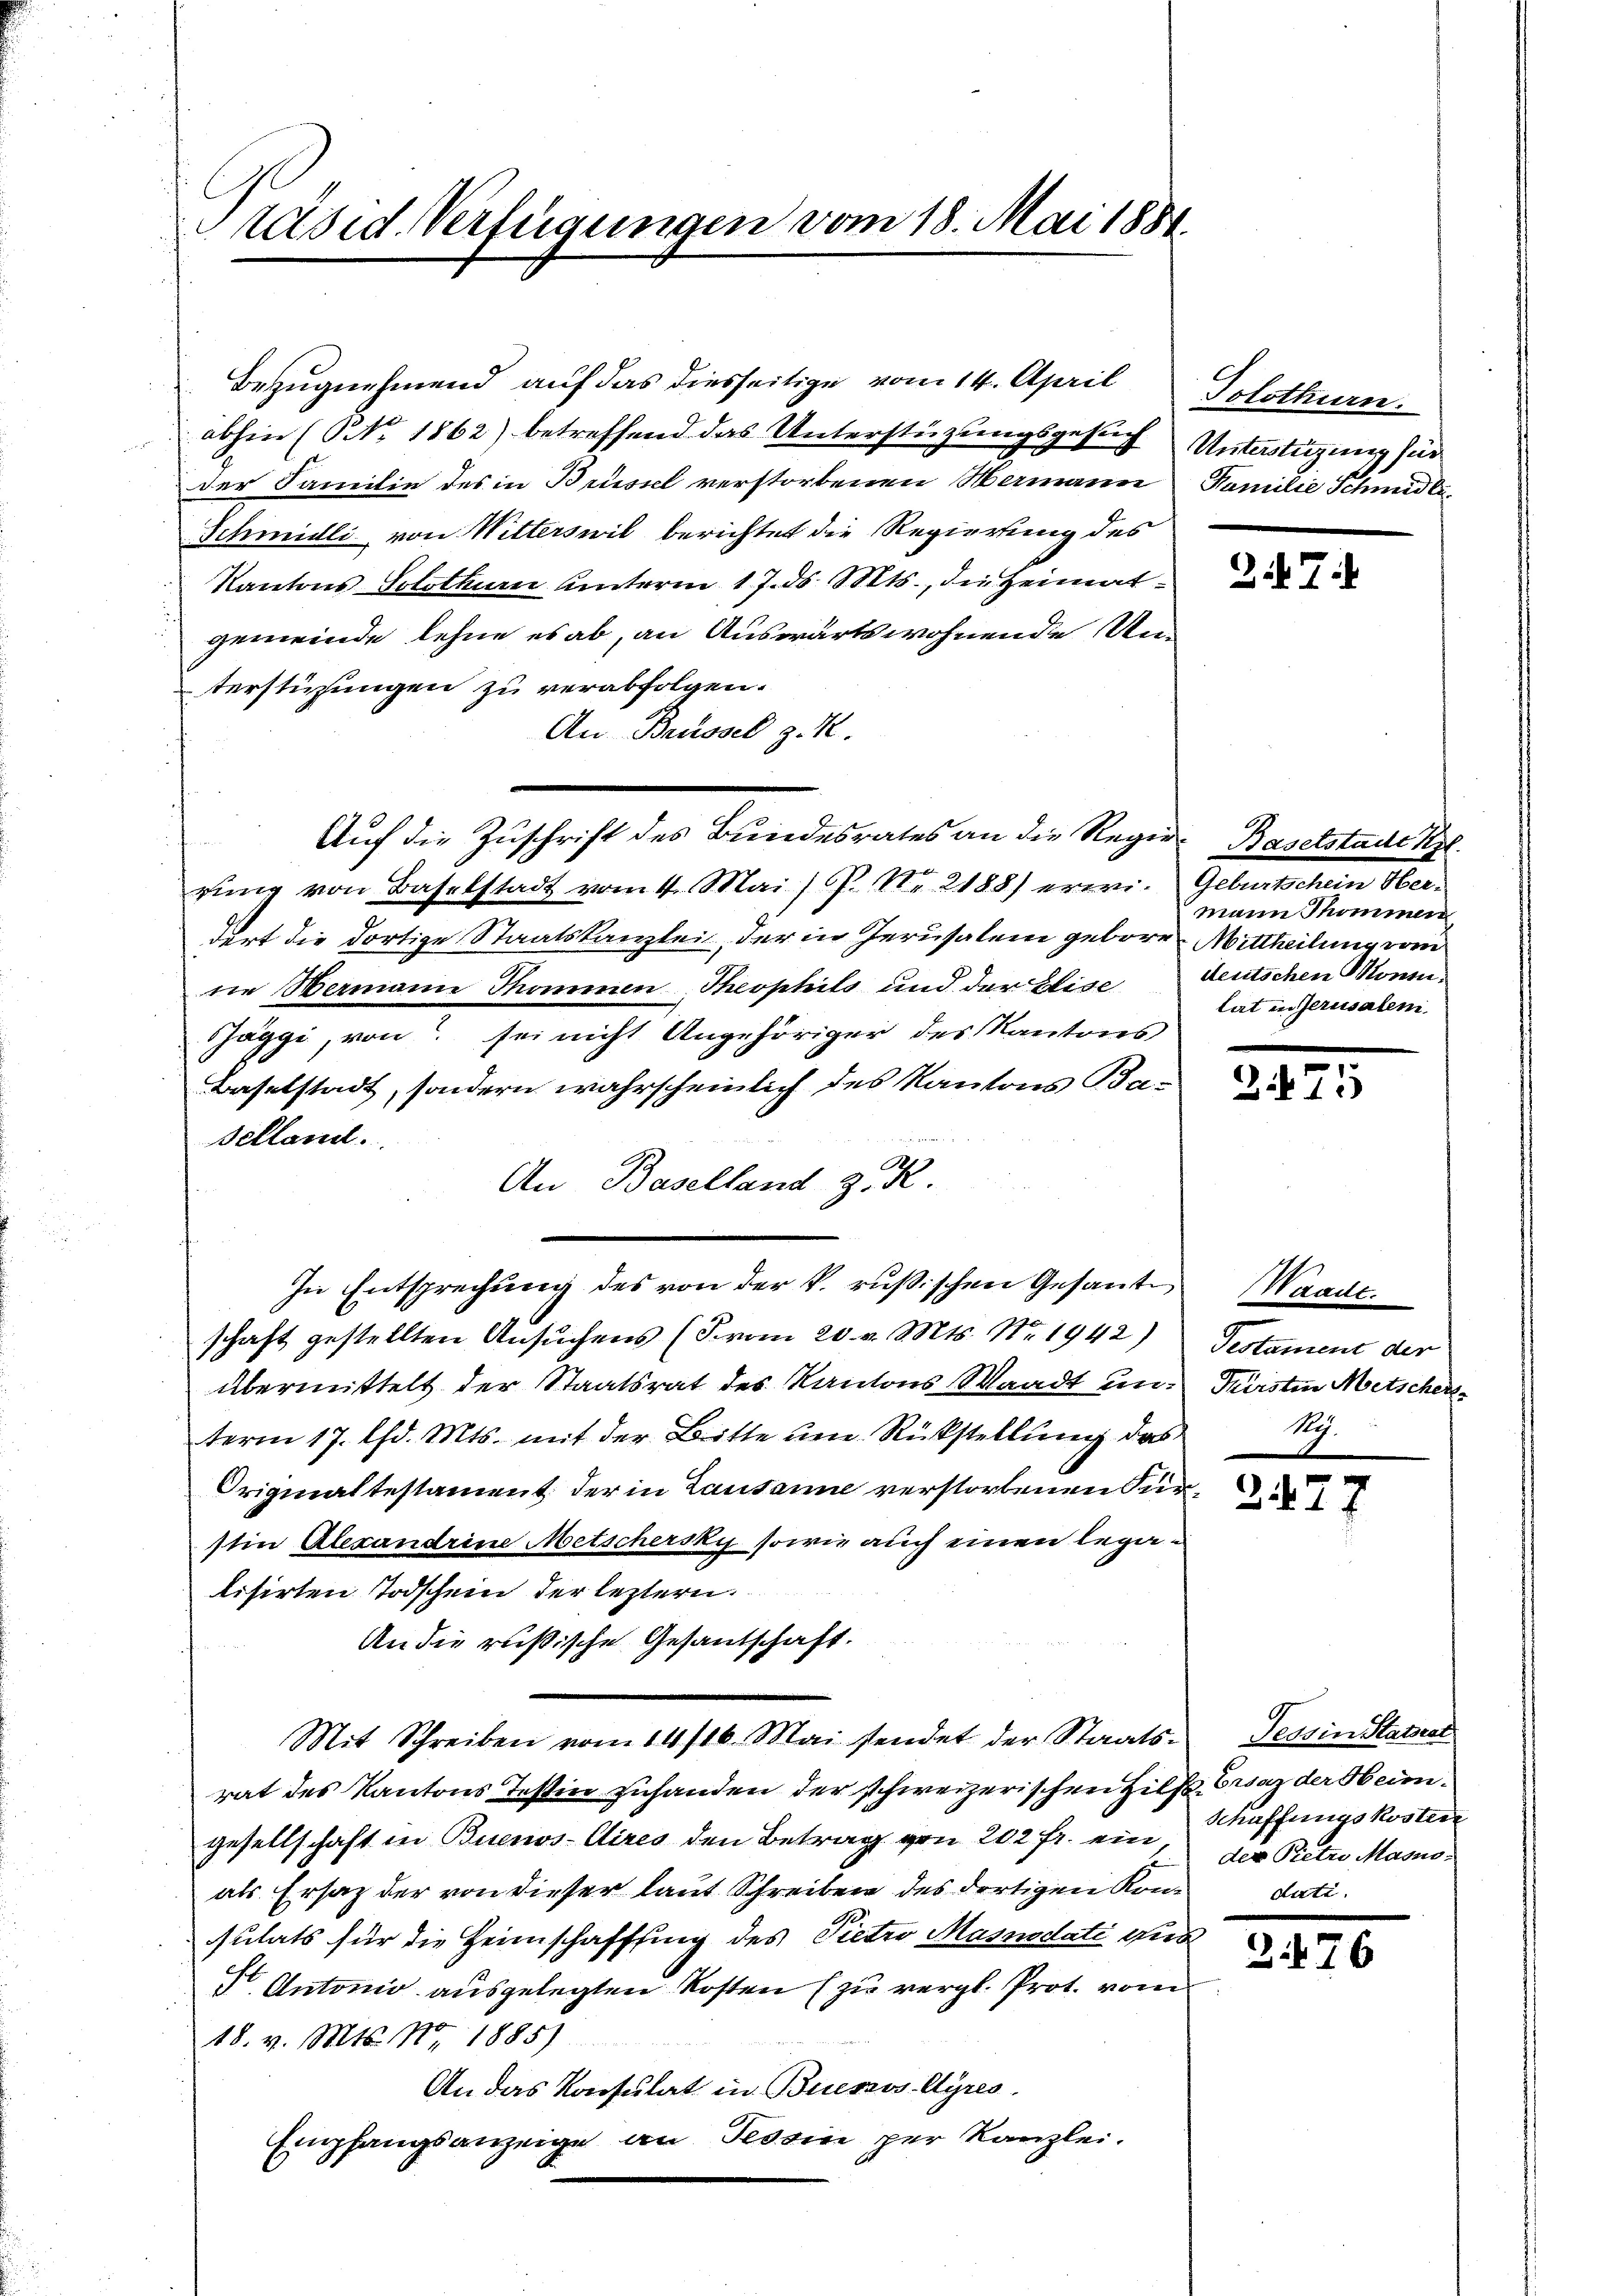
Präsid. Verfügungen vom 18. Mai 1881.

Bezugnehmend auf das diesseitige vom 14. April Solothurn.
abhin (NNo. 1862) betreffend das Unterstüzungsgesuch Unterstüzung für
der Familie des in Brüssel verstorbenen Hermann Familie Schmid be¬
Schmidli von Witterswil berichtet die Regierung des
Kantons Solothurn unterm 17. ds. Mts., die Heimatgemeinde lehne es ab, an Auswärts wohnende Unterstüzungen zu verabfolgen.
An Brüssel z. K.
Auf die Zuschrift des Bundesrates an die Regie-Baselstadt Kgl.
rung von Baselstadt vom 4. Mai / P. Nr. 2188) erwidort die dortige Staatskanzlei, der in Jerusalem gebore Mittheilung vom
ne Wermann Thommen Theophils und der Elise deutschen Moni¬
Säggi, von sei nicht Angehöriger des Kantons
Baselstadt, sondern wahrscheinlich des Kantons Ba¬
Schland.
An Baselland z. R.
In Entsprechung des von der k. rußischen Gesante
schaft gestellten Ansuchens (vom 20. v. Mts. No. 1942)
übermittelt der Staatsrat des Kantons Waadt unterm 17. Chr. Mts. mit der Bitte um Rückstellung das
Originaltestament der in Lausanne verstorbenen Kurstin Alexandrine Metschersky sowie auch einen legatisirten Todschein der leztern
An die rußische Gesandschaft.
Mit Schreiben vom 14/16. Mai stendet der Staatsrat des Kantons Testin zuhanden der schweizerischen Hilfe Graz der Heimgesellschaft in Buenos-Aires den Betrag von 202 fr. ein
als Ersatz der von dieser laut Schreiben des dortigen Konsulats für die Heimschaffung des Pietro Masnadati aus
I. Antonio ausgelegten Kosten (zu vergl. Prot. vom
18. v. Mts. No 1885)
An das Konsulat in Buenos Ayres.
Empfangsanzeige an Tessin per Kanzlei.

7

Geburtschen Ster
mann Thommen
tat in Jerusalen.

275

Waadt.
Testament der
Fürsten Mitschert.
19.

3

Tessin Statsrat
Schaffungskosten
der Pietro Masnodati

276